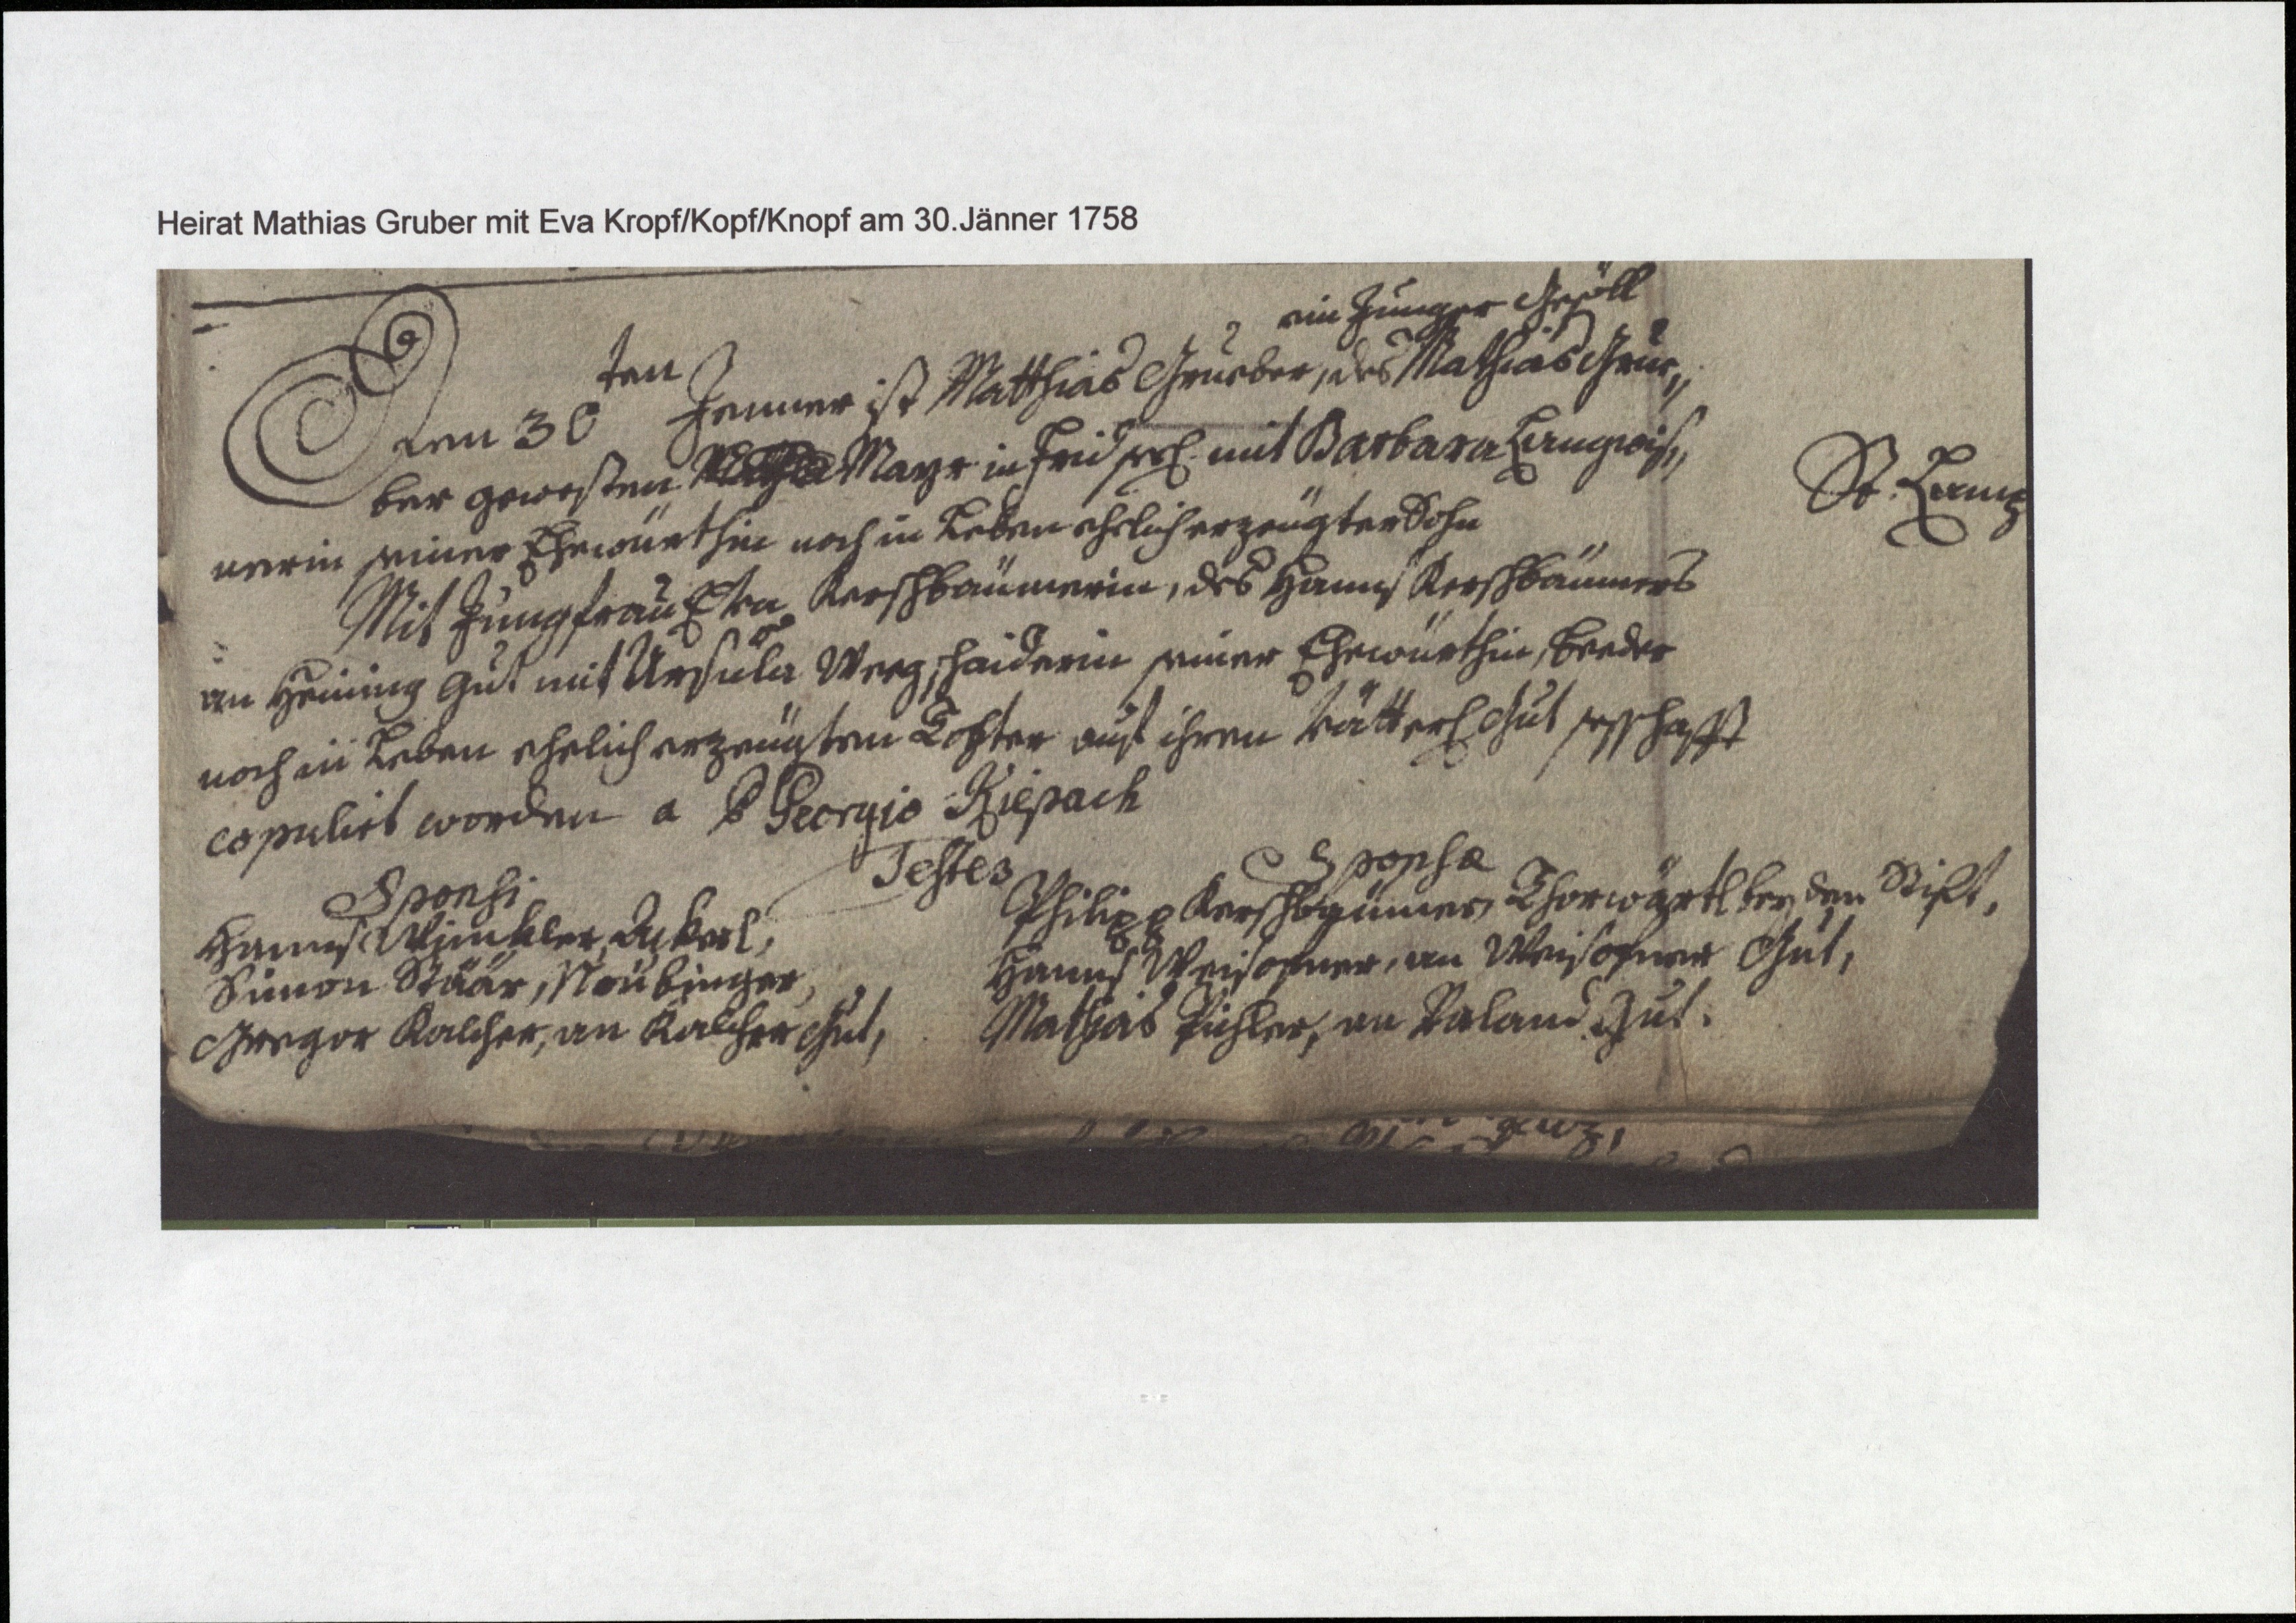
St. Lamp
ein Junger Gesöll
Den 30ten Jenner ist Matthias Grueber, des Mathias Grue¬
ber gewesten Mayr in Frid see. mit Barbara Lerngrois¬
nerin seiner Ehewürthin noch in Leben ehelich erzeugter Sohn
Mit Jungfrau Eva Kerschbaümerin, des Hanns Kerschbäumers
an Heining Gut mit Ursula Weegschaiderin seiner Ehewürthin, beeder
noch in Leben ehelich erzeugten Tochter auf ihren vätter. Gut sesshafft
copulirt worden a P Georgio Kiepach
Testes
Sponsi
Hanns Winkler, Ackerl,
Simon Stäär, Neüburger,
Gregor Kalcher, an Kalcher Gut,
Sponsa
Philipp Kerschbaümer, Thorwärtl bey den Stift,
Hanns Weisoxner, an Weisoxner Gut,
Mathias Pichler, an Paland Gut.